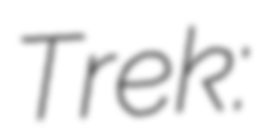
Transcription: Trek: